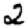
Digit: 2